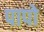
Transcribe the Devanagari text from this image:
पापो